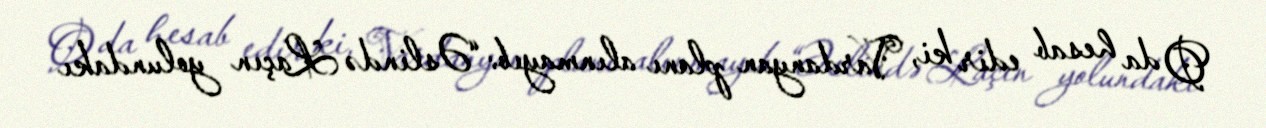
O da hesab edir ki, Vardanyan planı alınmayıb: “Əslində Laçın yolundakı